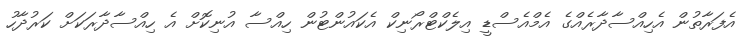
އެފަރާތުން އެހިއްސާދާރެއްގެ އެމްއެސްޑީ އިލެކްޓްރޯނިކް އެކައުންޓުން ހިއްސާ އުނިކޮށް އެ ހިއްސާދާރަކަށް ކަރުދާހު